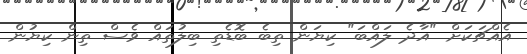
އެއްޗަކަށް "އާދެ ލައްބަ" ކިޔަން ތިބެ ބޮޑެތި ބިލުތައް ވެސް ތިން ކިޔުން